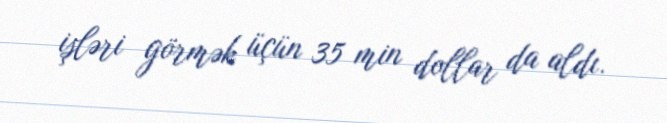
işləri görmək üçün 35 min dollar da aldı.